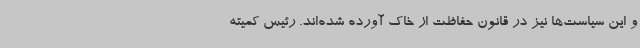
و این سیاست‌ها نیز در قانون حفاظت از خاک آورده شده‌اند. رئیس کمیته